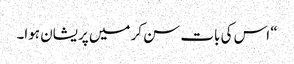
“ اس کی بات سن کر میں پریشان ہوا۔